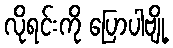
လိုရင်းကို ပြောပါဗျို့